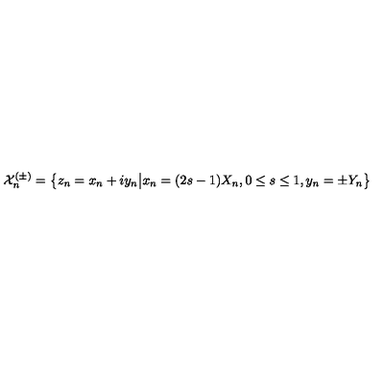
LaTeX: \mathcal { X } _ { n } ^ { ( \pm ) } = \bigl \{ z _ { n } = x _ { n } + i y _ { n } \big \vert x _ { n } = ( 2 s - 1 ) X _ { n } , 0 \le s \le 1 , y _ { n } = \pm Y _ { n } \bigr \}